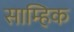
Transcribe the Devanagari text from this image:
साम्हिक